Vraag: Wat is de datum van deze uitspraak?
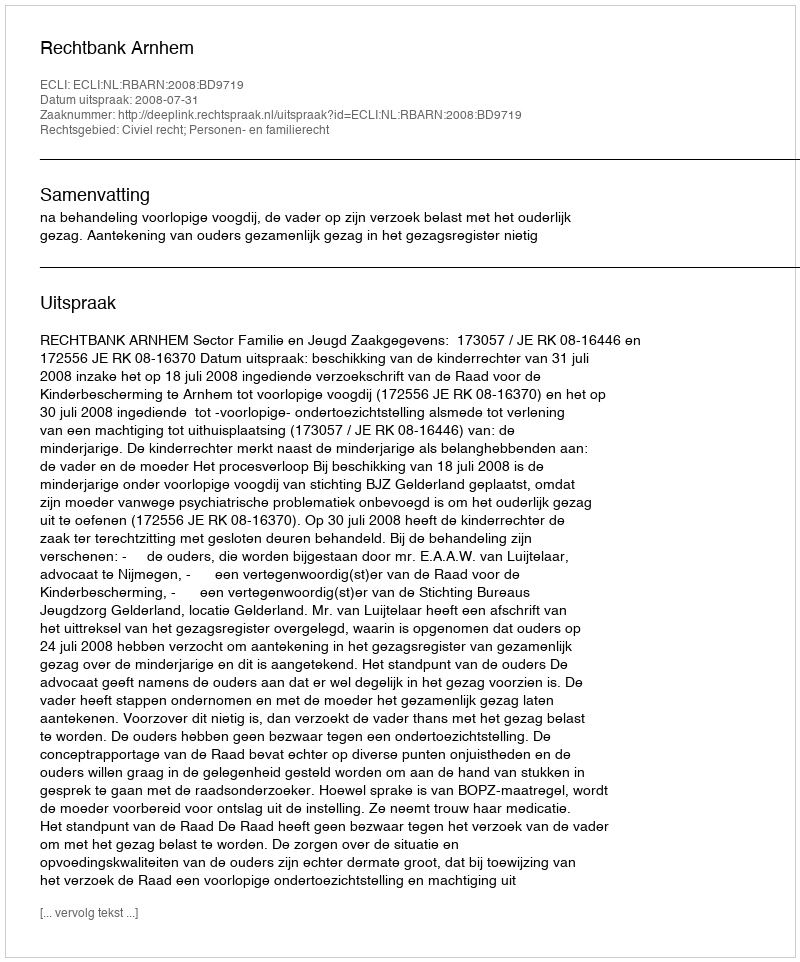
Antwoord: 2008-07-31